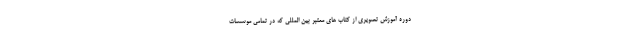
دوره آموزش تصویری از کتاب های معتبر بین المللی که در تمامی موسسات